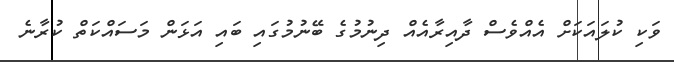
ވަކި ކުލައަކަށް އެއްވެސް ދާއިރާއެއް ދިނުމުގެ ބޭނުމުގައި ބައި އަޅަން މަސައްކަތް ކުރާނެ